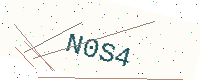
Text: N0S4